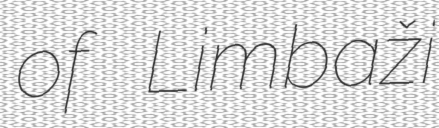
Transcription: of Limbaži